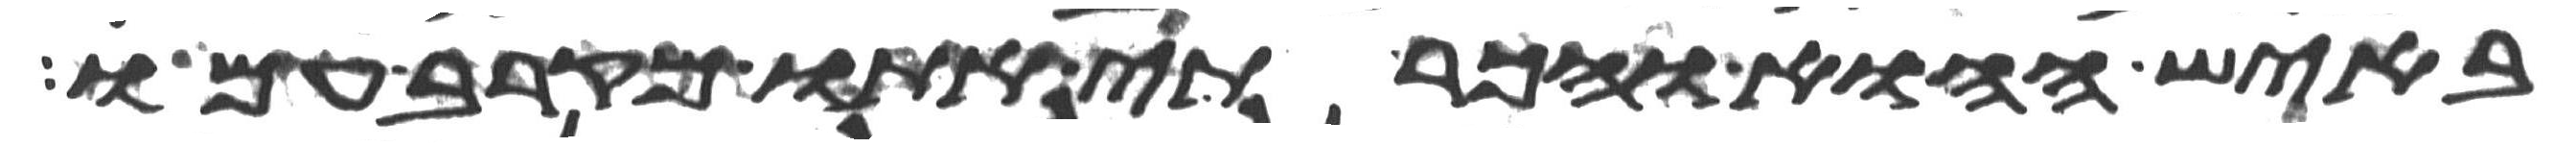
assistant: באיש ההוא והכרתי אתו מקרב עמו